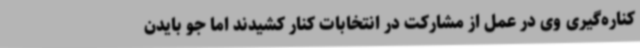
کناره‌گیری وی در عمل از مشارکت در انتخابات کنار کشیدند اما جو بایدن